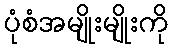
ပုံစံအမျိုးမျိုးကို